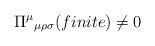
\begin{align*}\Pi^{\mu}{}_{\mu\rho\sigma}(finite)\neq0\end{align*}